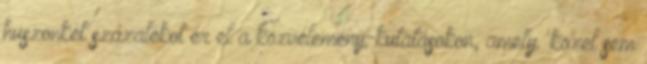
huszonkét százalékot ér el a közvélemény-kutatásokon, amely 'közel sem